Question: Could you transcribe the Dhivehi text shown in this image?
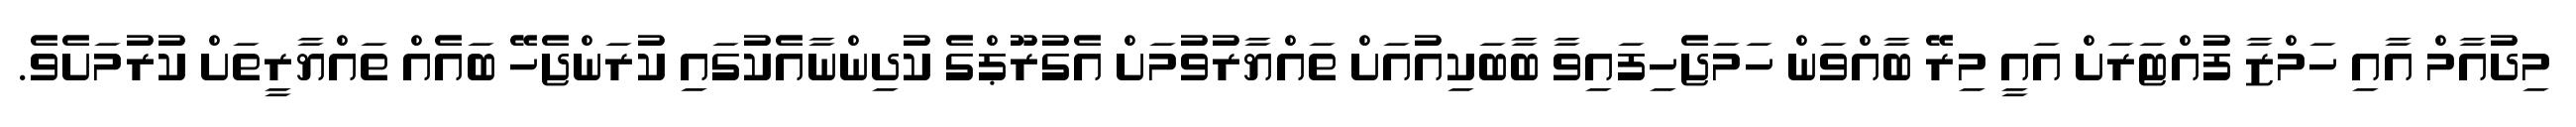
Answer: މިދުއާމް އާއި ހަމްޒާ ފުއްޓަރަށް އައީ މިރޭ ބާއްވަން ހަމަޖެހިފައިވާ ބާބަކިއުއަށް ތައްޔާރުވުމަށް އެގުރޫޕްގެ ކުދިންނާއެކުގައި ކުރަންޖެހޭ ބައެއް ތައްޔާރީތަށް ކުރުމަށެވެ.